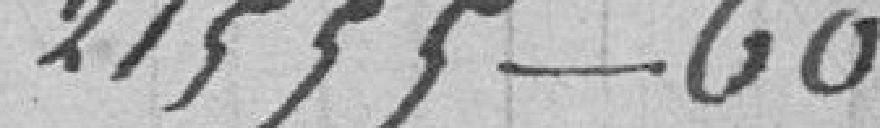
21555-60